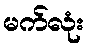
မက်လုံး